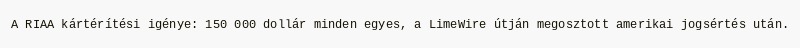
A RIAA kártérítési igénye: 150 000 dollár minden egyes, a LimeWire útján megosztott amerikai jogsértés után.